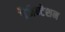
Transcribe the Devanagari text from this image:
प्रैजैन्टेशन